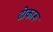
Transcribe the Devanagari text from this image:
ढोकारू